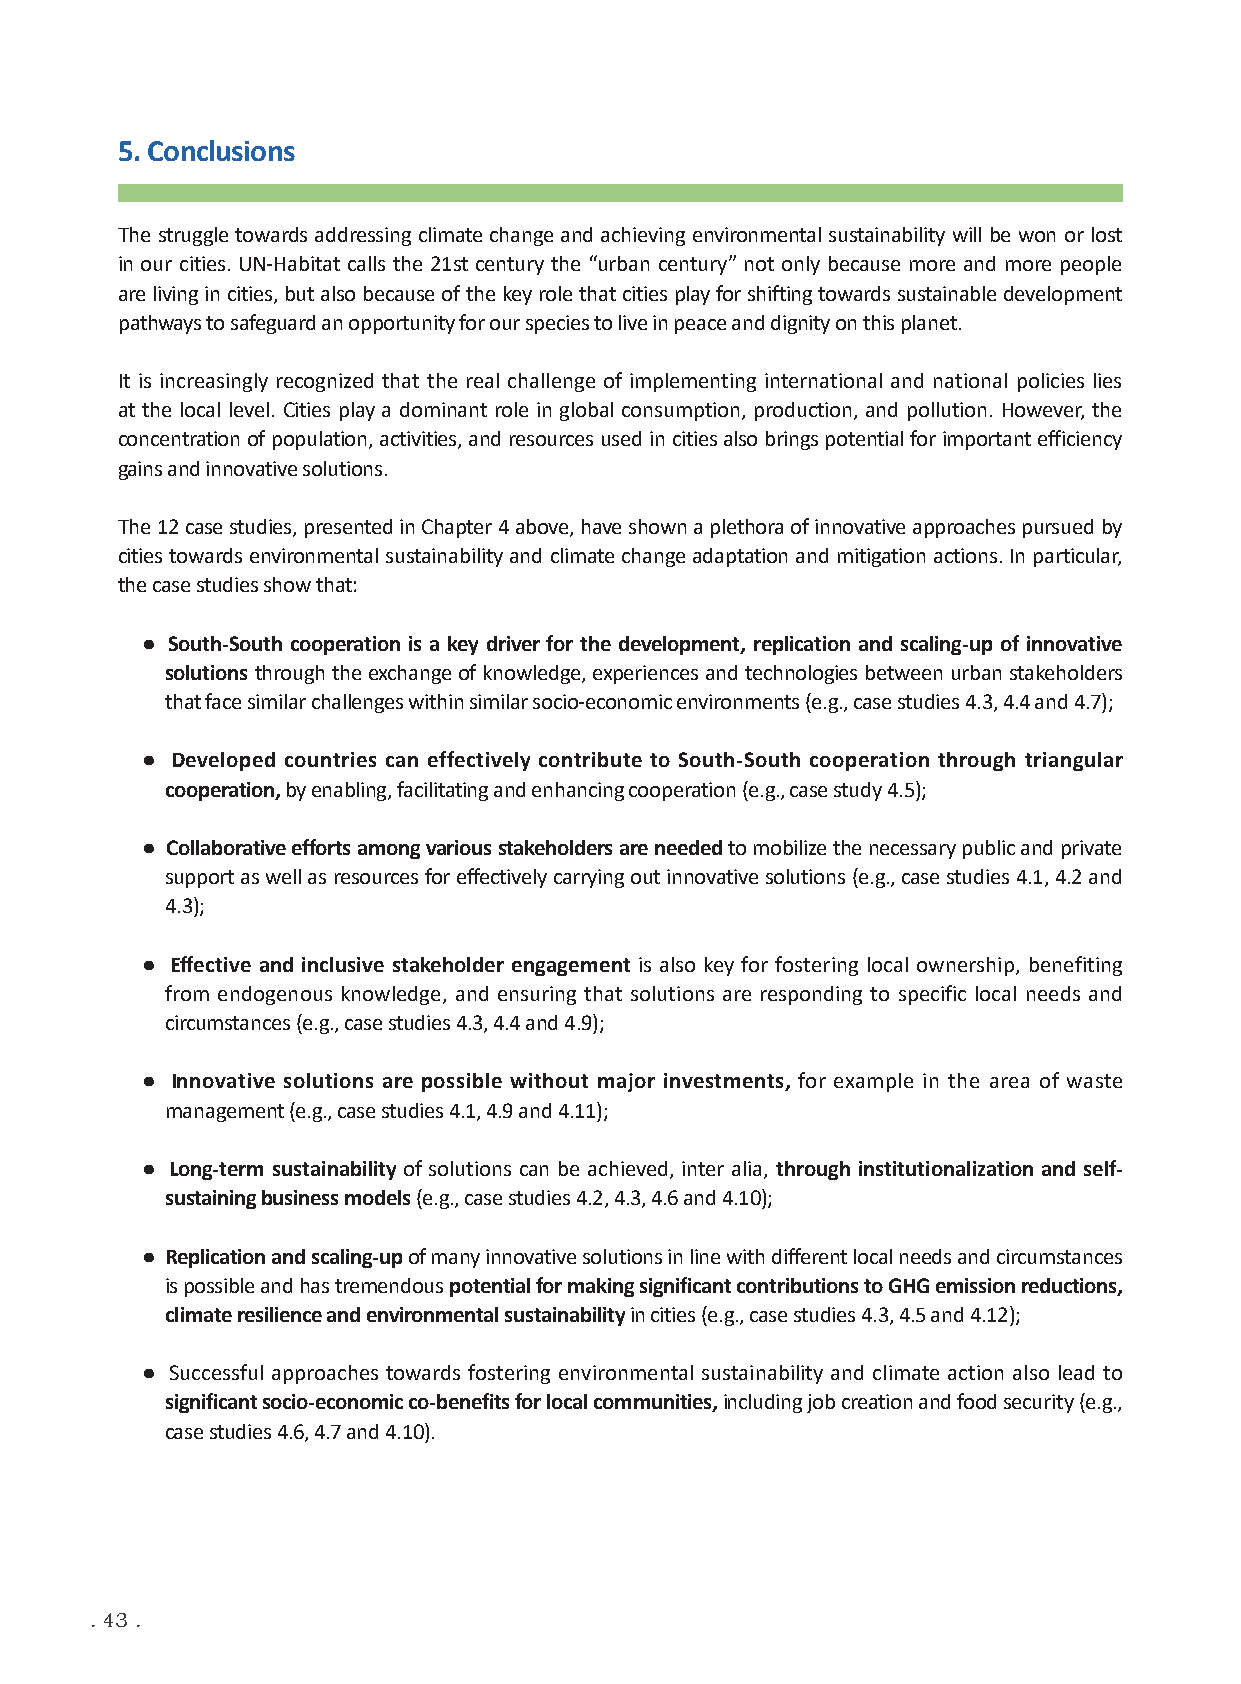
5.Conclusions
 The struggle towards addressing climate change and achieving environmental sustainability will be won or lost
 in our cities. UN-Habitat calls the 21st century the “urban century” not only because more and more people
 are living in cities, but also because of the key role that cities play for shifting towards sustainable development
 pathways to safeguard an opportunity for our species to live in peace and dignity on this planet.
 It is increasingly recognized that the real challenge of implementing international and national policies lies
 at the local level. Cities play a dominant role in global consumption, production, and pollution. However, the
 concentration of population, activities, and resources used in cities also brings potential for important efficiency
 gains and innovative solutions.
 The 12 case studies, presented in Chapter 4 above, have shown a plethora of innovative approaches pursued by
 cities towards environmental sustainability and climate change adaptation and mitigation actions. In particular,
 the case studies show that:
 ● South-South cooperation is a key driver for the development, replication and scaling-up of innovative
 solutions through the exchange of knowledge, experiences and technologies between urban stakeholders
 that face similar challenges within similar socio-economic environments (e.g., case studies 4.3, 4.4 and 4.7);
 ● Developed countries can effectively contribute to South-South cooperation through triangular
 cooperation, by enabling, facilitating and enhancing cooperation (e.g., case study 4.5);
 ● Collaborative efforts among various stakeholders are needed to mobilize the necessary public and private
 support as well as resources for effectively carrying out innovative solutions (e.g., case studies 4.1, 4.2 and
 4.3);
 ● Effective and inclusive stakeholder engagement is also key for fostering local ownership, benefiting
 from endogenous knowledge, and ensuring that solutions are responding to specific local needs and
 circumstances (e.g., case studies 4.3, 4.4 and 4.9);
 ● Innovative solutions are possible without major investments, for example in the area of waste
 management (e.g., case studies 4.1, 4.9 and 4.11);
 ● Long-term sustainability of solutions can be achieved, inter alia, through institutionalization and self-
 sustaining business models (e.g., case studies 4.2, 4.3, 4.6 and 4.10);
 ● Replication and scaling-up of many innovative solutions in line with different local needs and circumstances
 is possible and has tremendous potential for making significant contributions to GHG emission reductions,
 climate resilience and environmental sustainability in cities (e.g., case studies 4.3, 4.5 and 4.12);
 ● Successful approaches towards fostering environmental sustainability and climate action also lead to
 significant socio-economic co-benefits for local communities, including job creation and food security (e.g.,
 case studies 4.6, 4.7 and 4.10).
 . 43 .